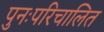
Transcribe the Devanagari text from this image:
पुनःपरिचालित